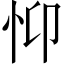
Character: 𢗾